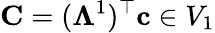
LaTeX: \mathbf{C}=(\mathbb{\Lambda}^{1})^{\top}{\mathbf c}\in V_{1}